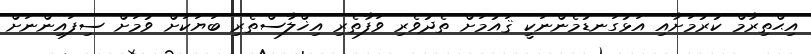
އިޙްތިރާމް ކުރުމަށާއި އަޅުގަނޑުމެންނަކީ ޤައުމަށް ތެދުވެރި ވަފާތެރި އިޚްލާސްތެރި ބަޔަކަށް ވުމަށް ސިފައިންނަށް